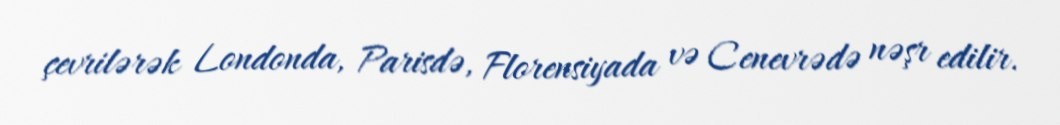
çevrilərək Londonda, Parisdə, Florensiyada və Cenevrədə nəşr edilir.